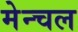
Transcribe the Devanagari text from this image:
मेन्चल